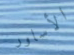
الأساور